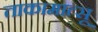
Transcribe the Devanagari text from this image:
ताकामात्सू